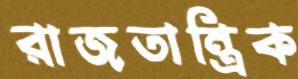
রাজতান্ত্রিক